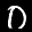
Label: 0